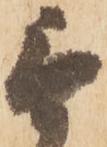
無